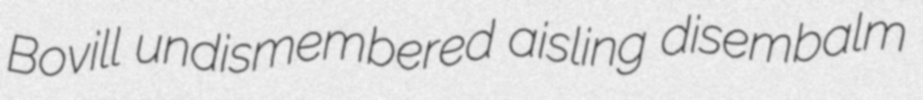
Bovill undismembered aisling disembalm